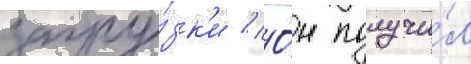
загру́зк'и // О́н получи́л